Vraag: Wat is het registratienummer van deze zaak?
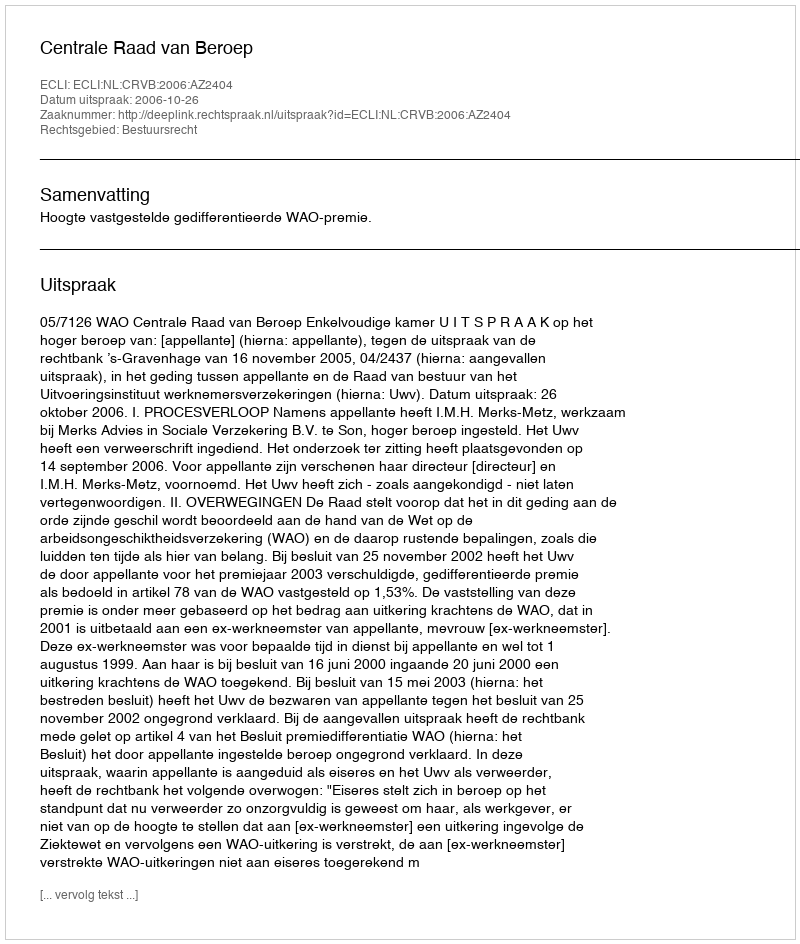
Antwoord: http://deeplink.rechtspraak.nl/uitspraak?id=ECLI:NL:CRVB:2006:AZ2404